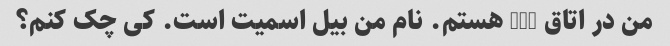
من در اتاق 205 هستم. نام من بیل اسمیت است. کی چک کنم؟